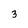
Character: 3